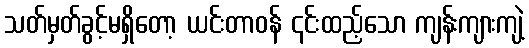
သတ်မှတ်ခွင့်မရှိတော့ ယင်းတာဝန် ၎င်းထည့်သော ကျန်းကျားကျဲ့